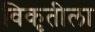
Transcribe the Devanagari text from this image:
विकृतीला